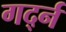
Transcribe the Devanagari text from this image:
गर्द्न